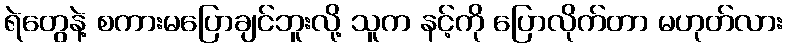
ရဲတွေနဲ့ စကားမပြောချင်ဘူးလို့ သူက နင့်ကို ပြောလိုက်တာ မဟုတ်လား